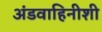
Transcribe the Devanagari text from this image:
अंडवाहिनीशी